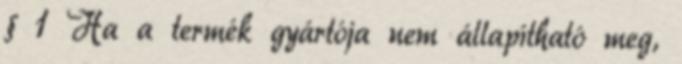
§ 1 Ha a termék gyártója nem állapítható meg,